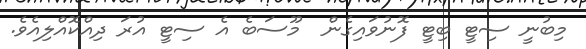
މިބުނީ ސިޓީ ބިޓީ ފޮނުވައިގެން  މޫސަބެ އެ ސިޓީ އުރަ ދިއްކޮއްލިއެވެ.